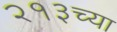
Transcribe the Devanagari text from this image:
२१३च्या